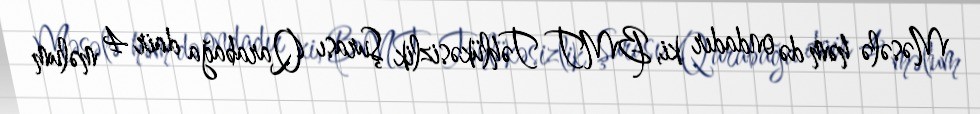
Məsələ həm də ondadır ki, BMT Təhlükəsizlik Şurası Qarabağa dair 4 məlum